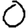
Digit: 0